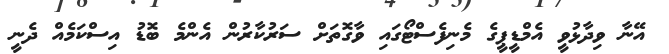
އޭނާ ވިދާޅުވީ އެމްޑީޕީގެ މެނިފެސްޓޯގައި ވާގޮތަށް ސަރުކާރުން އެންމެ ބޮޑު އިސްކަމެއް ދެނީ